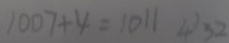
1 0 0 7 + 4 = 1 0 1 1 4 3 2